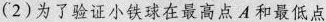
(2)为了验证小铁球在最高点A和最低点